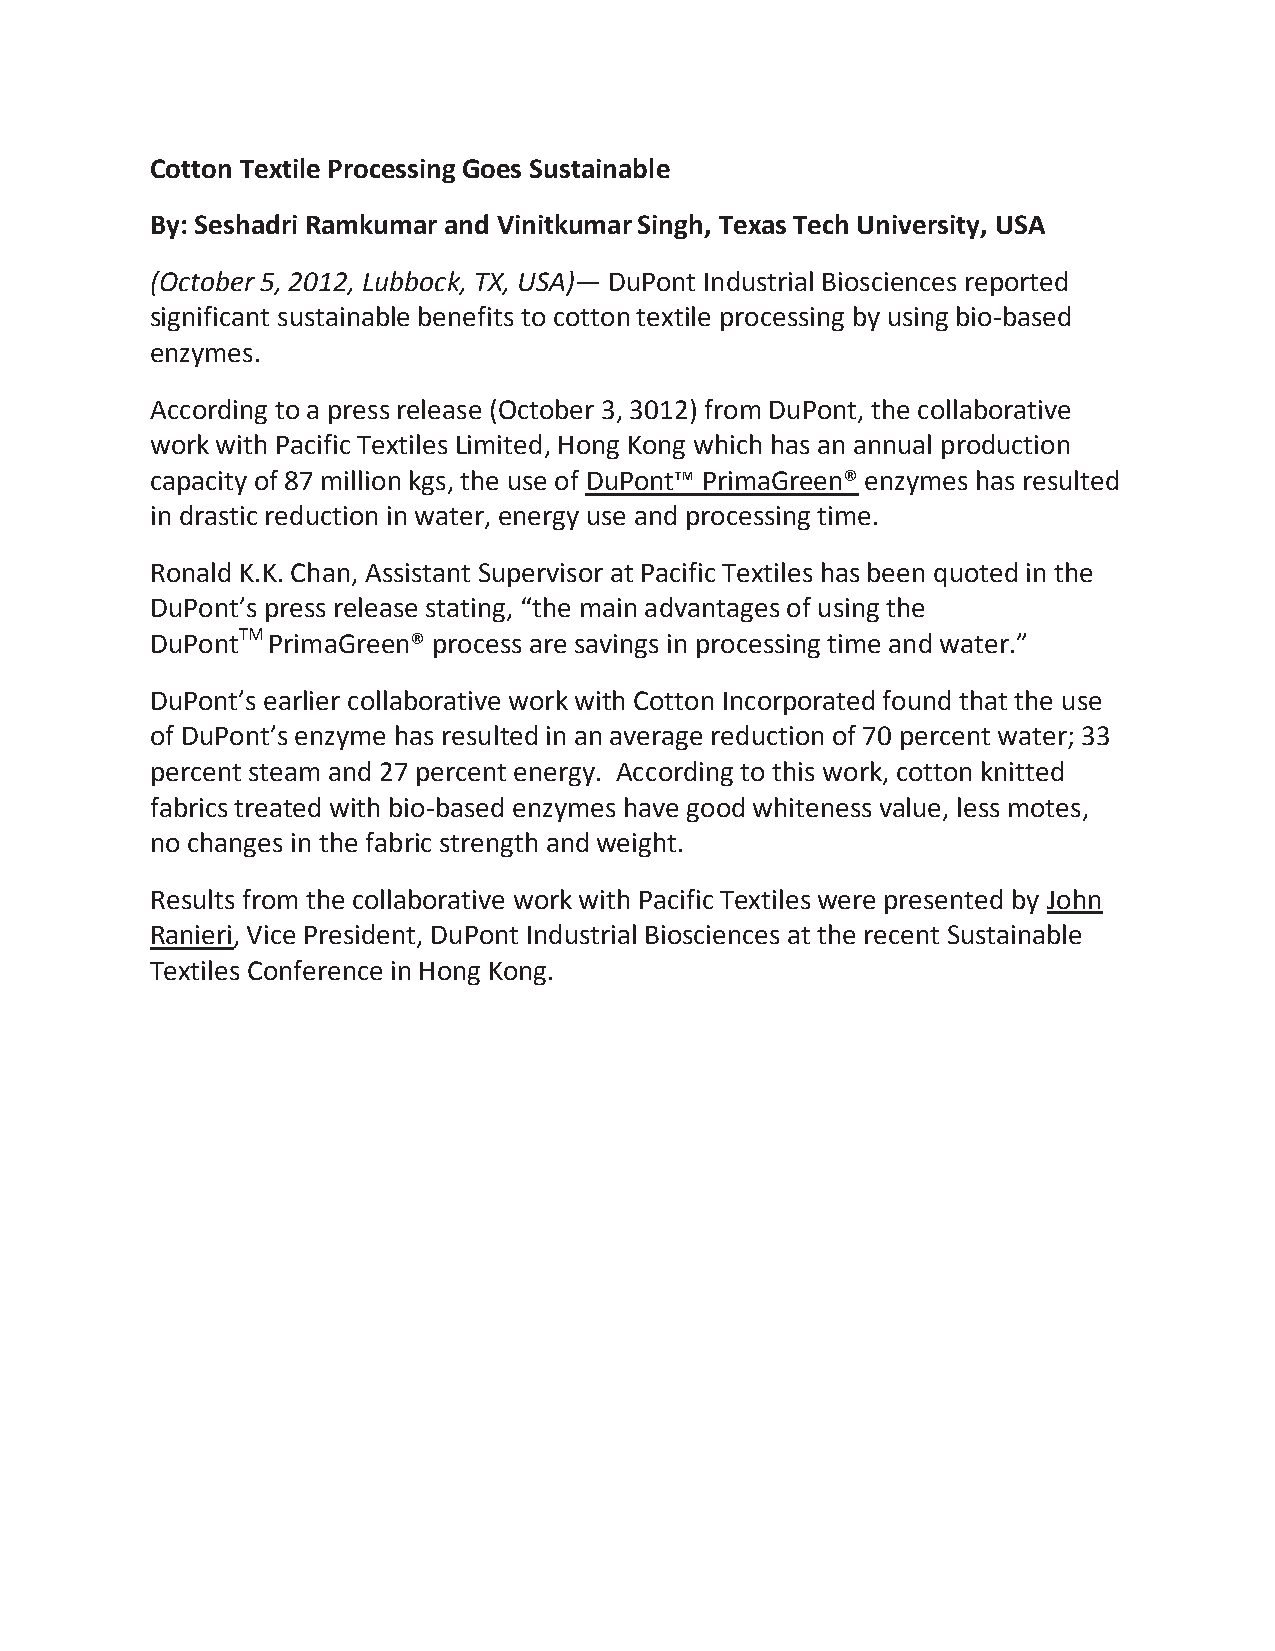
Cotton Textile Processing Goes Sustainable
 By: Seshadri Ramkumar and Vinitkumar Singh, Texas Tech University, USA
 (October 5, 2012, Lubbock, TX, USA)— DuPont Industrial Biosciences reported
 significant sustainable benefits to cotton textile processing by using bio-based
 enzymes.
 According to a press release (October 3, 3012) from DuPont, the collaborative
 work with Pacific Textiles Limited, Hong Kong which has an annual production
 capacity of 87 million kgs, the use of DuPont™ PrimaGreen® enzymes has resulted
 in drastic reduction in water, energy use and processing time.
 Ronald K.K. Chan, Assistant Supervisor at Pacific Textiles has been quoted in the
 DuPont’s press release stating, “the main advantages of using the
 DuPontTM PrimaGreen® process are savings in processing time and water.”
 DuPont’s earlier collaborative work with Cotton Incorporated found that the use
 of DuPont’s enzyme has resulted in an average reduction of 70 percent water; 33
 percent steam and 27 percent energy. According to this work, cotton knitted
 fabrics treated with bio-based enzymes have good whiteness value, less motes,
 no changes in the fabric strength and weight.
 Results from the collaborative work with Pacific Textiles were presented by John
 Ranieri, Vice President, DuPont Industrial Biosciences at the recent Sustainable
 Textiles Conference in Hong Kong.